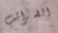
الضرائب